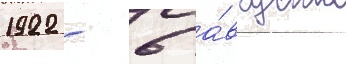
1922 - 6 а́вгуста